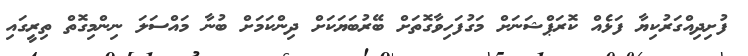
ފުށިދިއްގަރުކިޔާ ފަޅެއް ކޮރަޕްޝަނަށް މަގުފަހިވާގޮތަށް ބޭރުބަޔަކަށް ދިންކަމަށް ބުނާ މައްސަލަ ނިންމިގޮތް ތިރީގައި